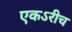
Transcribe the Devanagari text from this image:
एकऽरीच